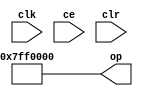
module sysgen_constant_b4741603e8 (
  output [(32 - 1):0] op,
  input clk,
  input ce,
  input clr);
  assign op = 32'b00000111111111110000000000000000;
endmodule